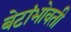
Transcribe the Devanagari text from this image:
बेटांभोवती